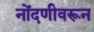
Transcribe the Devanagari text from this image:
नोंदणीवरून